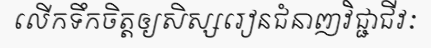
លើកទឹកចិត្តឲ្យសិស្សរៀនជំនាញវិជ្ជាជីវៈ